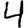
Digit: 4